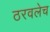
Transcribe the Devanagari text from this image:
ठरवलेच